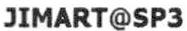
JIMART@SP3